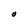
Character: O